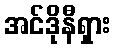
အင်ဒိုနီရှား